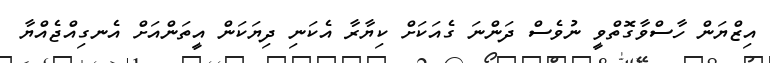
އިޒްޔަން ހާސްވާގޮތްވީ ނުވެސް ދަންނަ ގެއަކަށް ކިޔާރާ އެކަނި ދިޔަކަން އީތަންއަށް އެނގިއްޖެއްޔާ